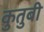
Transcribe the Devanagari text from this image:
कुतुबी